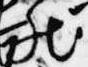
然